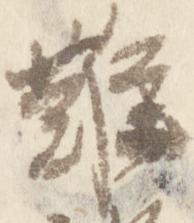
難